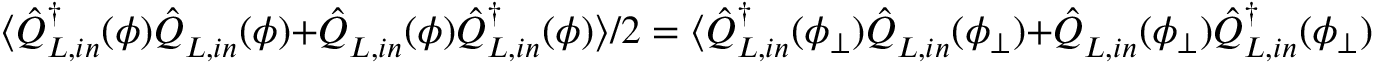
\langle \hat { Q } _ { L , i n } ^ { \dagger } ( \phi ) \hat { Q } _ { L , i n } ^ { } ( \phi ) + \hat { Q } _ { L , i n } ^ { } ( \phi ) \hat { Q } _ { L , i n } ^ { \dagger } ( \phi ) \rangle / 2 = \langle \hat { Q } _ { L , i n } ^ { \dagger } ( \phi _ { \bot } ) \hat { Q } _ { L , i n } ^ { } ( \phi _ { \bot } ) + \hat { Q } _ { L , i n } ^ { } ( \phi _ { \bot } ) \hat { Q } _ { L , i n } ^ { \dagger } ( \phi _ { \bot } ) \rangle / 2 = 1 / 4